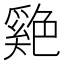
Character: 𦫬